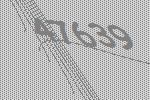
47639